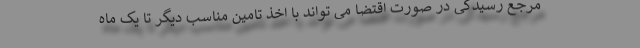
مرجع رسیدگی در صورت اقتضا می تواند با اخذ تامین مناسب دیگر تا یک ماه